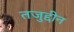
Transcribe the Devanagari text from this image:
तजुद्दीन